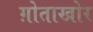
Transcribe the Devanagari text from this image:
ग़ोताखोर